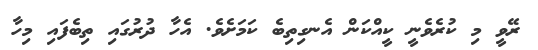
ރޭވީ މި ކުރެވެނީ ކީއްކަން އެނގިތިބެ ކަމަށެވެ. އެހާ ދުރުގައި ތިބެފައި މިހާ